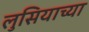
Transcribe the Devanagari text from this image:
लुसियाच्या